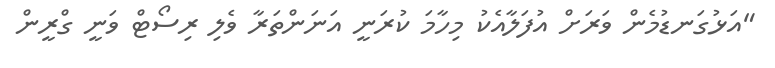
"އަޅުގަނޑުމެން ވަރަށް އުފަލާއެކު މިހާމަ ކުރަނީ އަނަންތަރާ ވެލި ރިސޯޓް ވަނީ ގްރީން